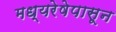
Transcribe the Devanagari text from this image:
मध्यरेषेपासून